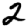
Digit: 2